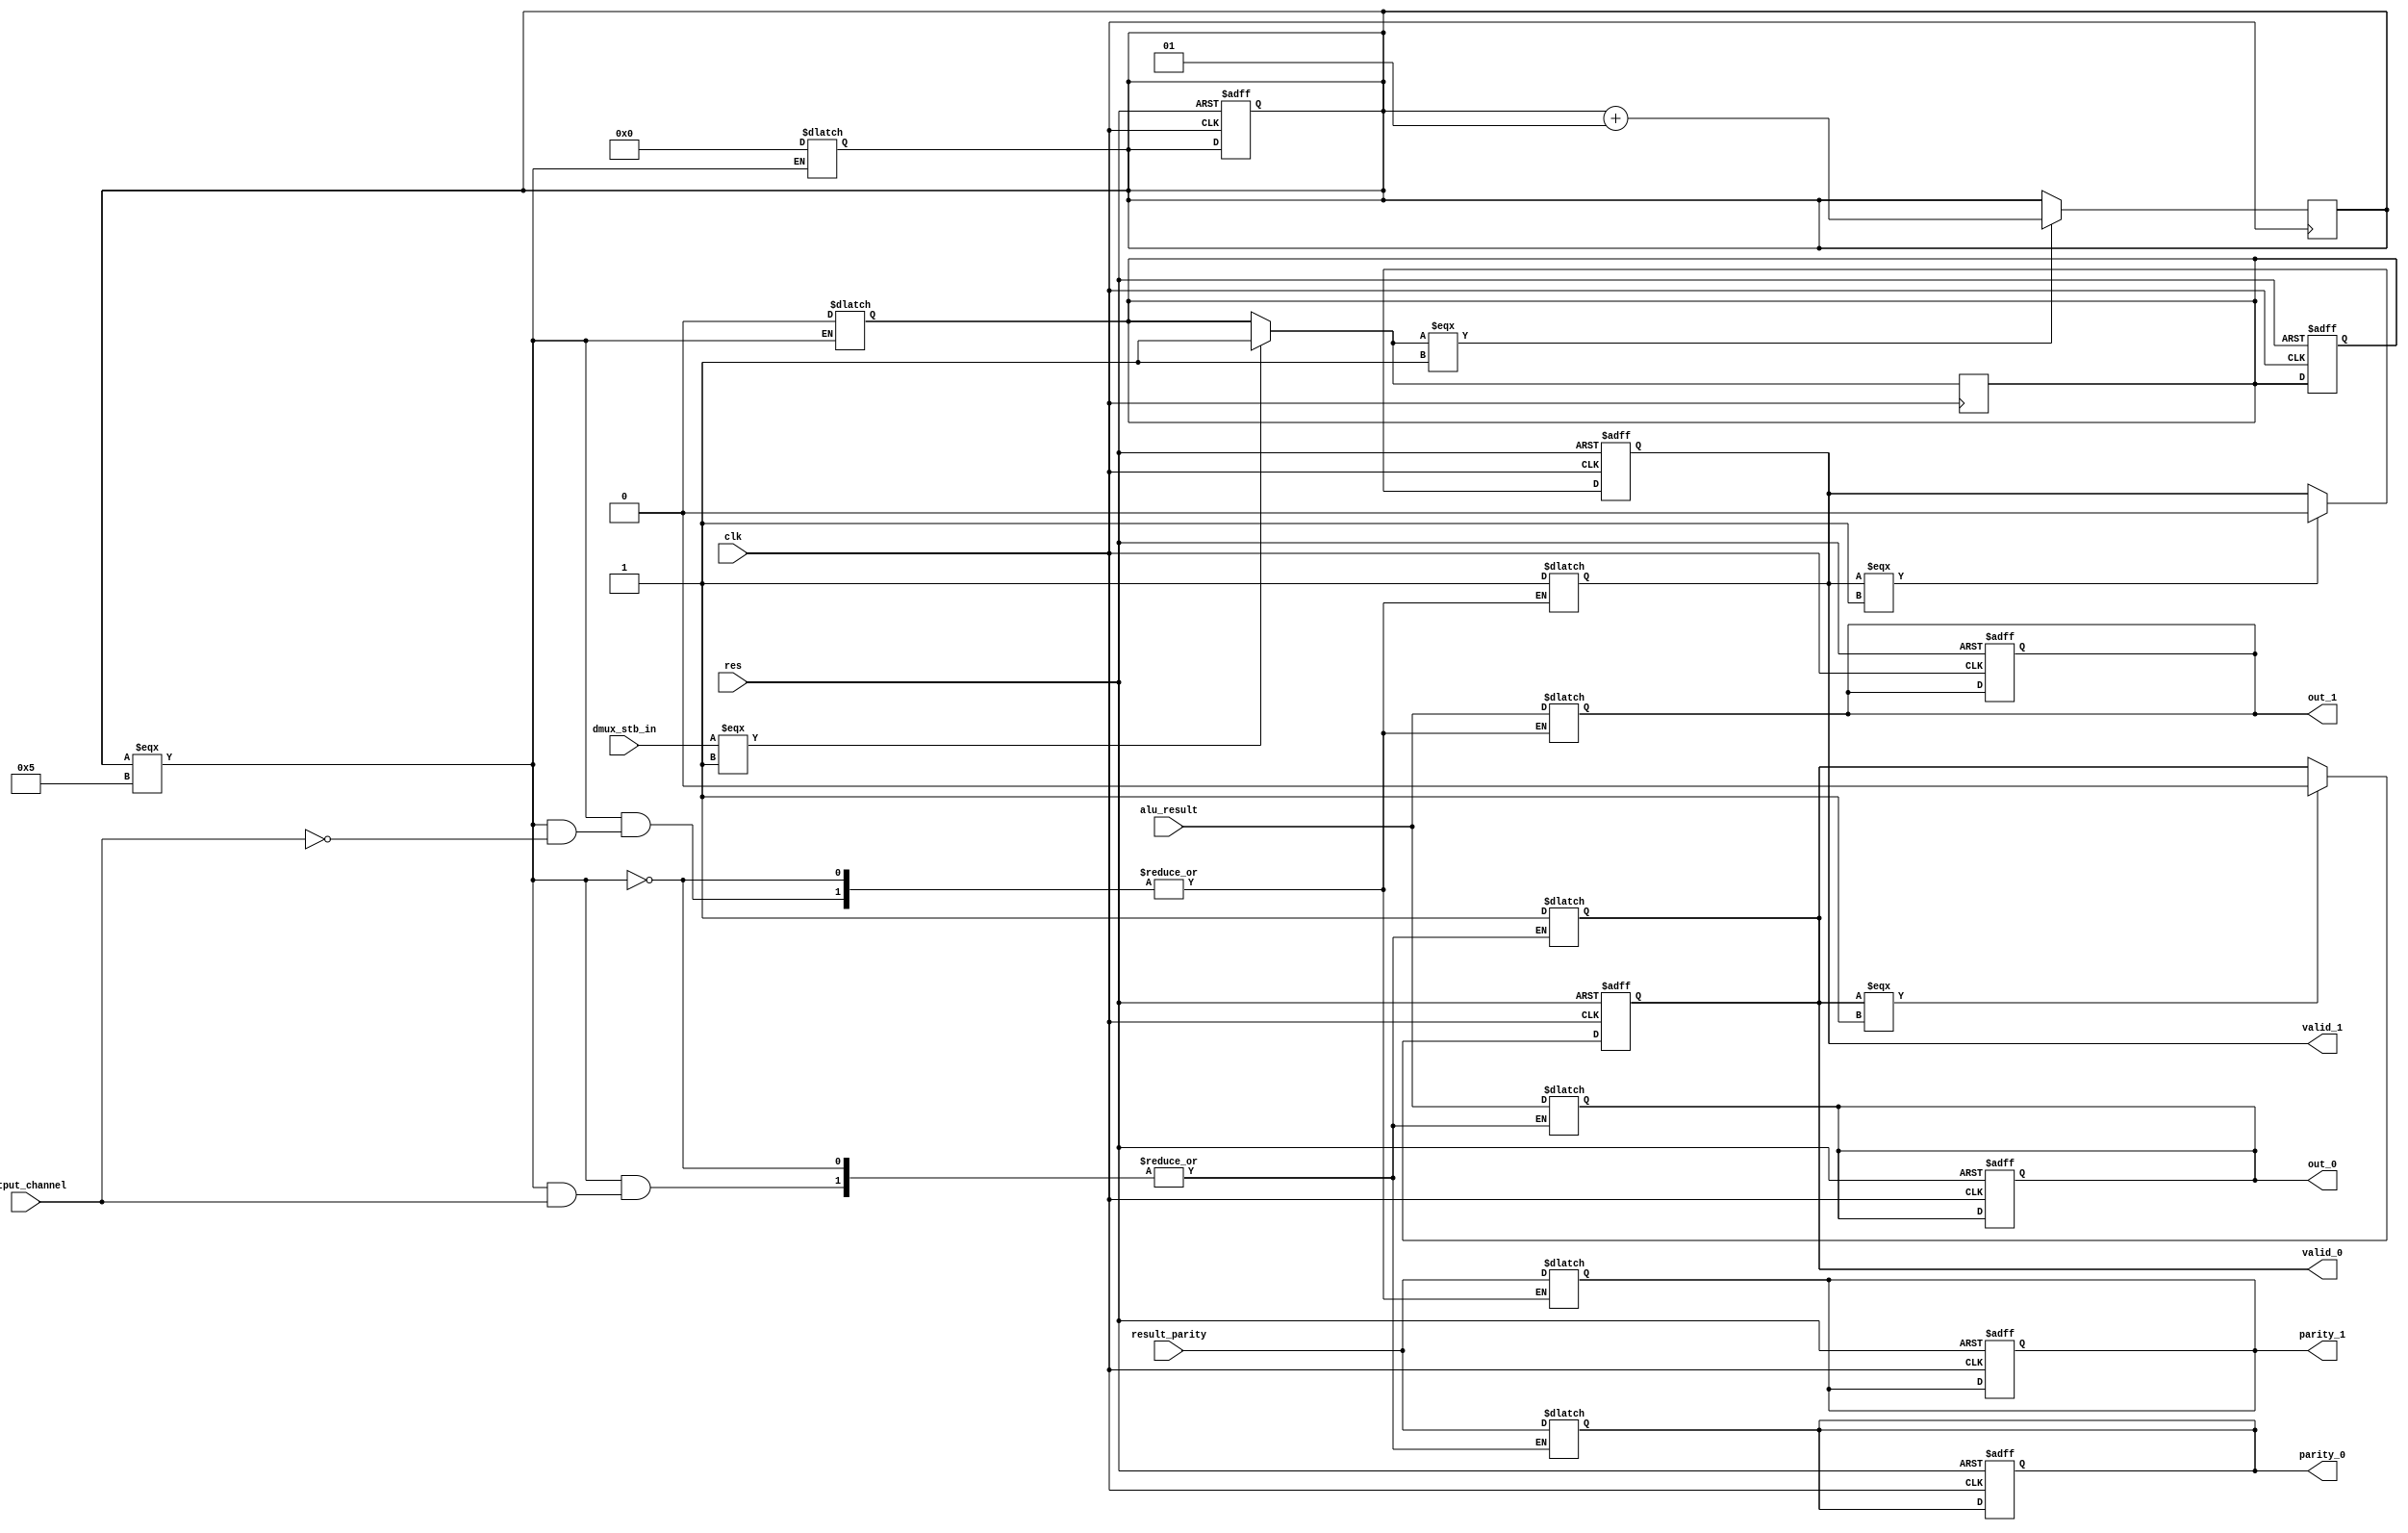
module DMUX(clk, res, dmux_stb_in,
	alu_result, result_parity,
	output_channel,
	valid_0, valid_1,
	out_0, out_1,
	parity_0, parity_1);

input clk, res, dmux_stb_in;
input [15:0] alu_result;
input result_parity;
input output_channel;
output valid_0, valid_1;
output [15:0] out_0, out_1;
output parity_0, parity_1;

reg valid_0, valid_1;
reg [15:0] out_0, out_1;
reg parity_0, parity_1;

reg dmux_stb_in_was_1;
integer i;

always @ (posedge clk or posedge res)
begin
	if(res)
	begin
		valid_0 = 0;
		valid_1 = 0;
		out_0 = 16'b0;
		out_1 = 16'b0;
		parity_0 = 0;
		parity_1 = 0;
		dmux_stb_in_was_1 = 0;
		i = 0;
	end
	else
	begin
		if(valid_0 === 1) 
			valid_0 = 0;
		if(valid_1 === 1)
			valid_1 = 0;
	end
end

always @ (posedge clk)
begin
	if(dmux_stb_in === 1)
		dmux_stb_in_was_1 = 1;
	if(dmux_stb_in_was_1 === 1)
		i = i + 1;
end

always @ (i)
if (i === 5)
begin
		case(output_channel)
		1'b0: 
		begin
			out_0 = alu_result;
			parity_0 = result_parity;
			valid_0 = 1;
		end
		1'b1:
		begin
			out_1 = alu_result;
			parity_1 = result_parity;
			valid_1 = 1;
		end
	endcase
	i = 0;
	dmux_stb_in_was_1 = 0;
end
	
endmodule